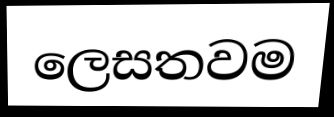
ලෙසතවම